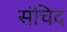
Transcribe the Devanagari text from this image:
संचिद